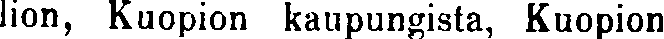
lion, Kuopion kaupungista, Kuopion